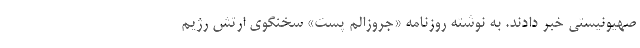
صهیونیستی خبر دادند. به نوشته روزنامه «جروزالم پست» سخنگوی ارتش رژیم